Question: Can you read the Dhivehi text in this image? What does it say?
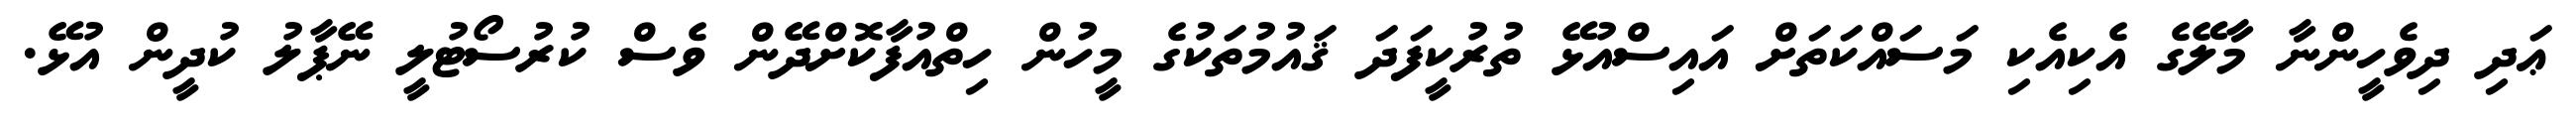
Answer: ޢަދި ދިވެހީންނާ މާލޭގެ އެކިއެކި މަސައްކަތަށް އައިސްއުޅޭ ތުރުކީފަދަ ޤައުމުތަކުގެ މީހުން ހިތްއުފާކޮށްދޭން ވެސް ކުރުސޯޓުލީ ނޭޕާލު ކުދީން އުޅޭ.